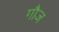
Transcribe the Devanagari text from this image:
गौज